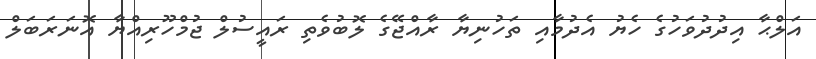
އަލްޙާ އިދުދުވަހުގެ ހެޔު އެދުމާއި ތަހުނިޔާ ރާއްޖޭގެ ލޮބުވެތި ރައީސުލް ޖުމްހޫރިއްޔާ އޮނަރަބަލް